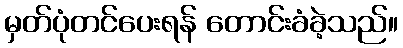
မှတ်ပုံတင်ပေးရန် တောင်းခံခဲ့သည်။